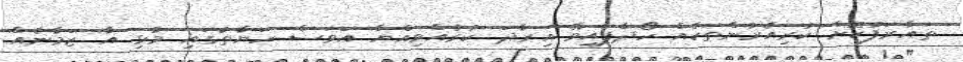
ތައާރަފުކޮށް ކުރިއެރުންތަކެއް ހޯދާފައިވޭ އިރާދަ ކުރެއްވިއްޔާ އަވަސް ހަޔާތުގައި މުޅި އާ ޒަމާނެއް